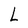
Character: L